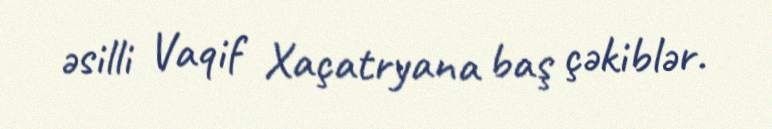
əsilli Vaqif Xaçatryana baş çəkiblər.